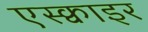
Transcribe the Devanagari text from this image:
एस्क्वाइर